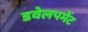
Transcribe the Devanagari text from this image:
डवेलपमेंट